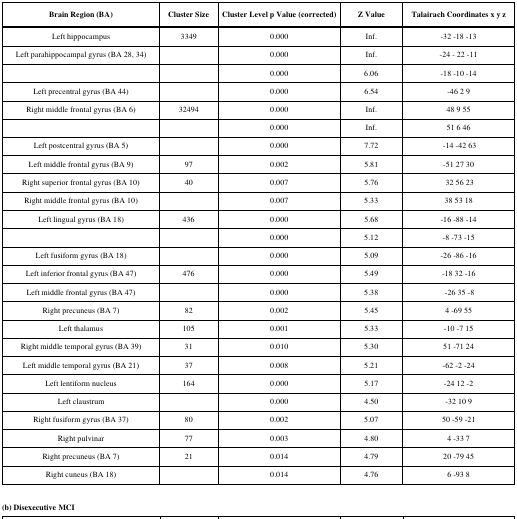
<table><thead><tr><td><b>Brain Region (BA)</b></td><td><b>Cluster Size </b></td><td><b>Cluster Level p Value (corrected)</b></td><td><b>Z Value</b></td><td><b>Talairach Coordinates x y z</b></td></tr></thead><tbody><tr><td>Left hippocampus</td><td>3349</td><td>0.000</td><td>Inf.</td><td>-32 -18 -13</td></tr><tr><td>Left parahippocampal gyrus (BA 28, 34)</td><td> </td><td>0.000</td><td>Inf.</td><td>-24 -22 -11</td></tr><tr><td> </td><td> </td><td>0.000</td><td>6.06</td><td>-18 -10 -14</td></tr><tr><td>Left precentral gyrus (BA 44)</td><td> </td><td>0.000</td><td>6.54</td><td>-46 2 9</td></tr><tr><td>Right middle frontal gyrus (BA 6)</td><td>32494</td><td>0.000</td><td>Inf.</td><td>48 9 55</td></tr><tr><td> </td><td> </td><td>0.000</td><td>Inf.</td><td>51 6 46</td></tr><tr><td>Left postcentral gyrus (BA 5)</td><td> </td><td>0.000</td><td>7.72</td><td>-14 -42<i></i>63</td></tr><tr><td>Left middle frontal gyrus (BA 9)</td><td>97</td><td>0.002</td><td>5.81</td><td>-51 27 30</td></tr><tr><td>Right superior frontal gyrus (BA 10)</td><td>40</td><td>0.007</td><td>5.76</td><td>32 56 23</td></tr><tr><td>Right middle frontal gyrus (BA 10)</td><td> </td><td>0.007</td><td>5.33</td><td>38 53 18</td></tr><tr><td>Left lingual gyrus (BA 18)</td><td>436</td><td>0.000</td><td>5.68</td><td>-16 -88 -14</td></tr><tr><td> </td><td> </td><td>0.000</td><td>5.12</td><td>-8 -73 -15</td></tr><tr><td>Left fusiform gyrus (BA 18)</td><td> </td><td>0.000</td><td>5.09</td><td>-26 -86 -16</td></tr><tr><td>Left inferior frontal gyrus (BA 47)</td><td>476</td><td>0.000</td><td>5.49</td><td>-18 32 -16</td></tr><tr><td>Left middle frontal gyrus (BA 47)</td><td> </td><td>0.000</td><td>5.38</td><td>-26 35 -8</td></tr><tr><td>Right precuneus (BA 7)</td><td>82</td><td>0.002</td><td>5.45</td><td>4 -69 55</td></tr><tr><td>Left thalamus</td><td>105</td><td>0.001</td><td>5.33</td><td>-10 -7 15</td></tr><tr><td>Right middle temporal gyrus (BA 39)</td><td>31</td><td>0.010</td><td>5.30</td><td>51 -71 24</td></tr><tr><td>Left middle temporal gyrus (BA 21)</td><td>37</td><td>0.008</td><td>5.21</td><td>-62 -2 -24</td></tr><tr><td>Left lentiform nucleus</td><td>164</td><td>0.000</td><td>5.17</td><td>-24 12 -2</td></tr><tr><td>Left claustrum</td><td> </td><td>0.000</td><td>4.50</td><td>-32 10 9</td></tr><tr><td>Right fusiform gyrus (BA 37)</td><td>80</td><td>0.002</td><td>5.07</td><td>50 -59 -21</td></tr><tr><td>Right pulvinar </td><td>77</td><td>0.003</td><td>4.80</td><td>4 -33 7</td></tr><tr><td>Right precuneus (BA 7)</td><td>21</td><td>0.014</td><td>4.79</td><td>20 -79 45</td></tr><tr><td>Right cuneus (BA 18)</td><td> </td><td>0.014</td><td>4.76</td><td>6 -93 8</td></tr></tbody></table>